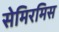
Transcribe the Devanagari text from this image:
सेमिरमिस